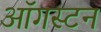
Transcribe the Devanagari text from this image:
ऑगस्टन